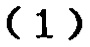
$(1)$